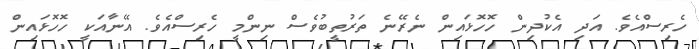
ހެރިސްއެވެ. އަދި އެކުދިން ހޮހޮޅައިން ނެރޭނެ ތަރުތީބުވެސް ނިންމީ ހެރިސްއެވެ. އޭނާއަކީ ހޮހޮޅައިން